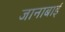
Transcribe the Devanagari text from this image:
जानाबाई